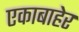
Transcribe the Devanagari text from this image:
एकाबाहेर